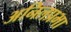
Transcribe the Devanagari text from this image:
अनिलप्रभा